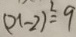
( x - 2 ) ^ { 2 } = 9